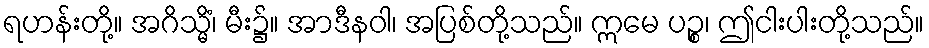
ရဟန်းတို့။ အဂိသ္မိံ၊ မီး၌။ အာဒီနဝါ၊ အပြစ်တို့သည်။ ဣမေ ပဉ္စ၊ ဤငါးပါးတို့သည်။